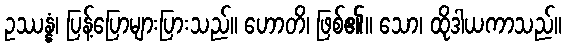
ဥဿန္နံ၊ ပြန့်ပြောများပြားသည်။ ဟောတိ၊ ဖြစ်၏။ သော၊ ထိုဒါယကာသည်။